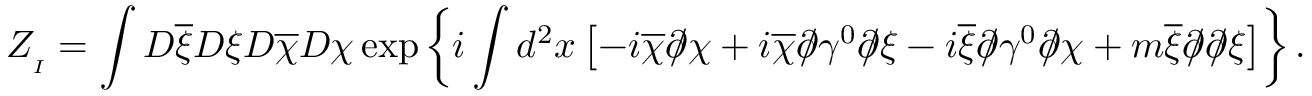
{ \cal Z } _ { _ I } = \int D \overline { { { \xi } } } D \xi D \overline { { { \chi } } } D \chi \exp \left\{ i \int d ^ { 2 } x \left[ - i \overline { { { \chi } } } \partial \! \! \! / \chi + i \overline { { { \chi } } } \partial \! \! \! / \gamma ^ { 0 } \partial \! \! \! / \xi - i \overline { { { \xi } } } \partial \! \! \! / \gamma ^ { 0 } \partial \! \! \! / \chi + m \overline { { { \xi } } } \partial \! \! \! / \partial \! \! \! / \xi \right] \right\} .